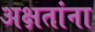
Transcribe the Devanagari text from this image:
अक्षतांना